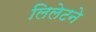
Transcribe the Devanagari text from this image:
लिलेटने